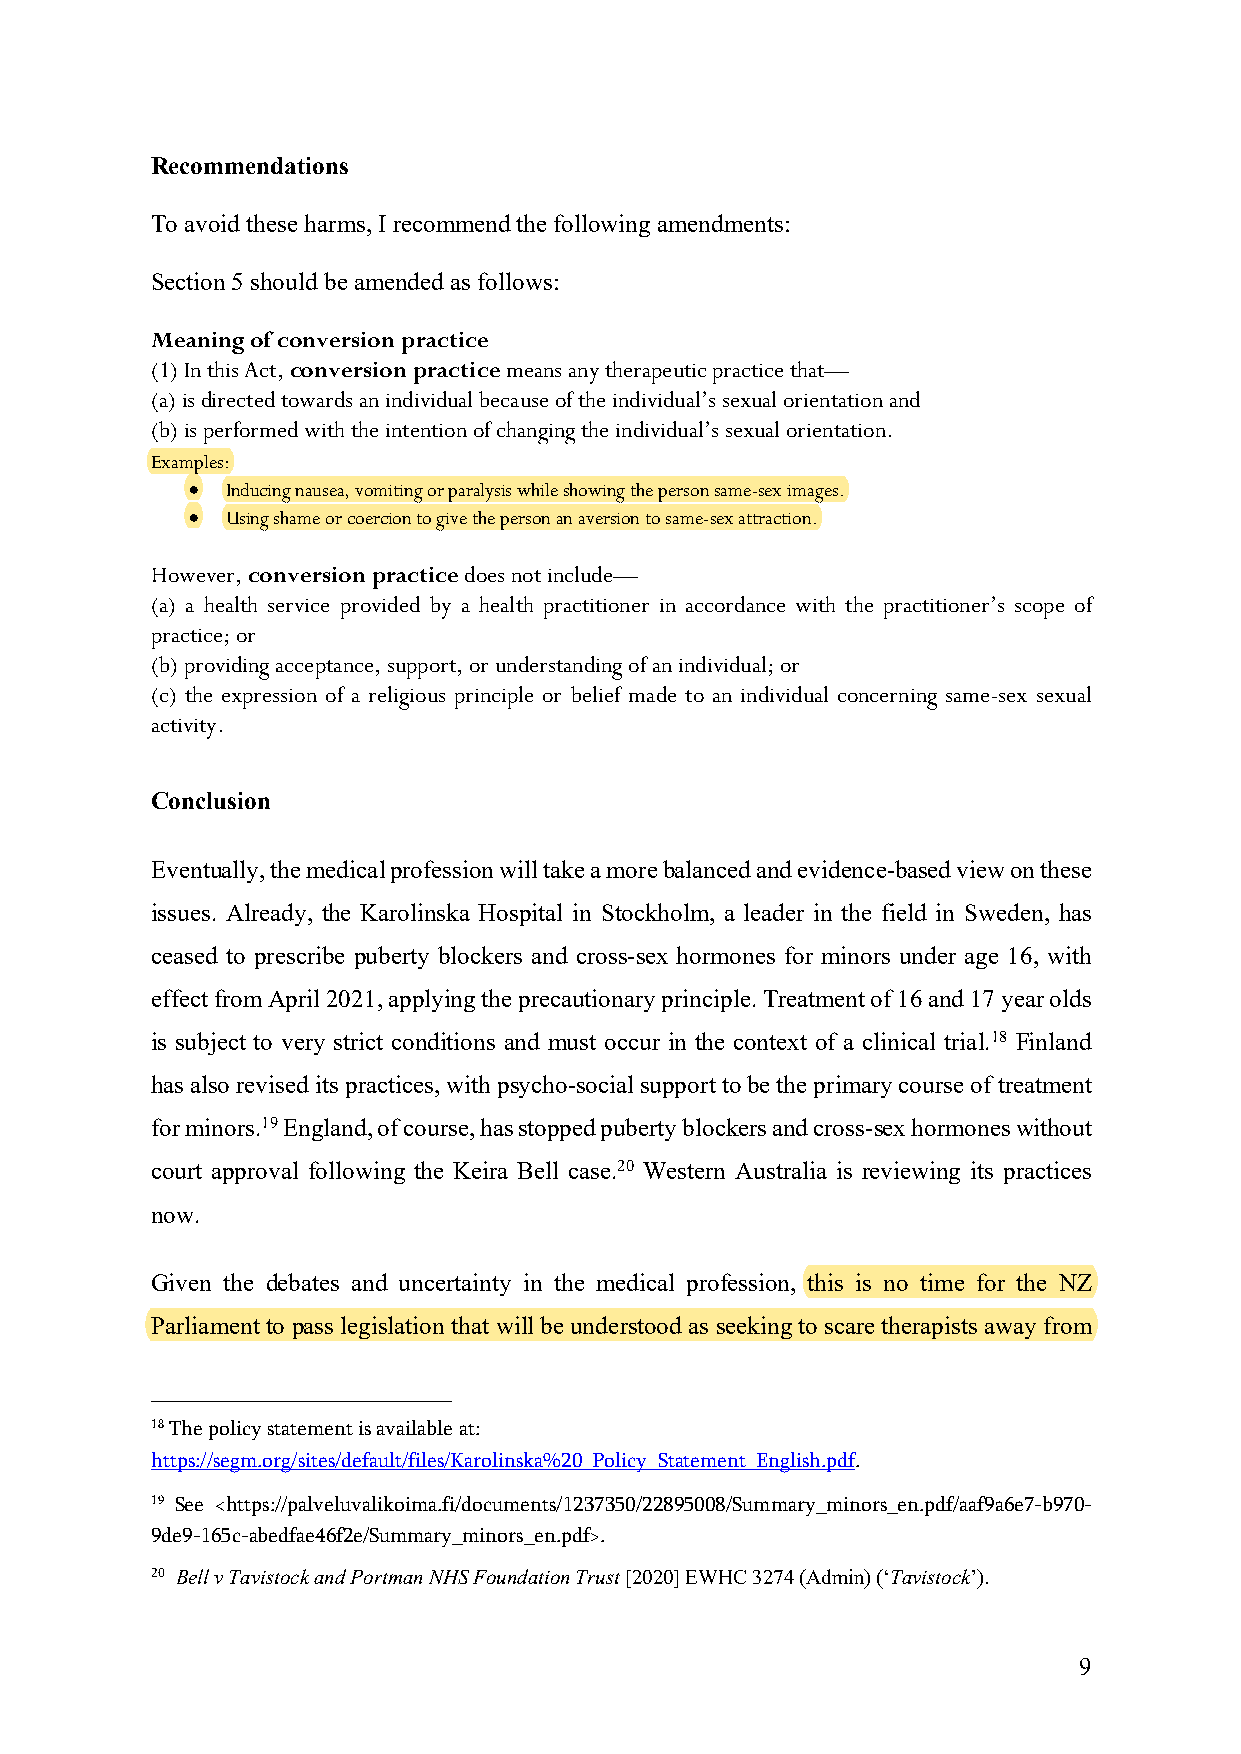
Recommendations
 To avoid these harms, I recommend the following amendments:
 Section 5 should be amended as follows:
 Meaning of conversion practice
 (1) In this Act, conversion practice means any therapeutic practice that—
 (a) is directed towards an individual because of the individual’s sexual orientation and
 (b) is performed with the intention of changing the individual’s sexual orientation.
 Examples:
 •  Inducing nausea, vomiting or paralysis while showing the person same-sex images.
 •  Using shame or coercion to give the person an aversion to same-sex attraction.
 However, conversion practice does not include—
 (a) a health service provided by a health practitioner in accordance with the practitioner’s scope of
 practice; or
 (b) providing acceptance, support, or understanding of an individual; or
 (c) the expression of a religious principle or belief made to an individual concerning same-sex sexual
 activity.
 Conclusion
 Eventually, the medical profession will take a more balanced and evidence-based view on these
 issues. Already, the Karolinska Hospital in Stockholm, a leader in the field in Sweden, has
 ceased to prescribe puberty blockers and cross-sex hormones for minors under age 16, with
 effect from April 2021, applying the precautionary principle. Treatment of 16 and 17 year olds
 is subject to very strict conditions and must occur in the context of a clinical trial.18 Finland
 has also revised its practices, with psycho-social support to be the primary course of treatment
 for minors.19 England, of course, has stopped puberty blockers and cross-sex hormones without
 court approval following the Keira Bell case.20 Western Australia is reviewing its practices
 now.
 Given the debates and uncertainty in the medical profession, this is no time for the NZ
 Parliament to pass legislation that will be understood as seeking to scare therapists away from
 18 The policy statement is available at:
 https://segm.org/sites/default/files/Karolinska%20_Policy_Statement_English.pdf.
 19 See <https://palveluvalikoima.fi/documents/1237350/22895008/Summary_minors_en.pdf/aaf9a6e7-b970-
 9de9-165c-abedfae46f2e/Summary_minors_en.pdf>.
 20 Bell v Tavistock and Portman NHS Foundation Trust [2020] EWHC 3274 (Admin) (‘Tavistock’).
 9